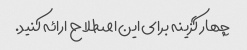
چهار گزینه برای این اصطلاح ارائه کنید.